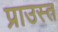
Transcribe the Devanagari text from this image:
प्राउस्त